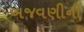
બજવણીની